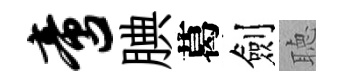
啻腆葛劍聴